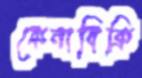
কেনাবিক্রি